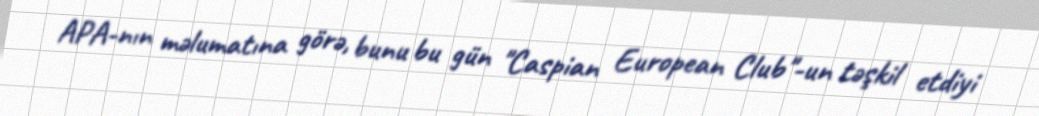
APA-nın məlumatına görə, bunu bu gün "Caspian European Club"-un təşkil etdiyi